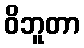
ဝိဘူတာ